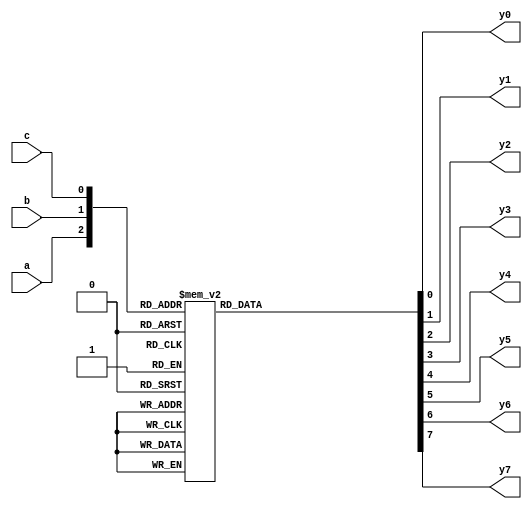
module decoder3to8(a, b, c, y0, y1, y2, y3, y4, y5, y6, y7);
 input a;
 input b;
 input c;
 output y0,y1,y2,y3,y4,y5,y6,y7;
reg y0,y1,y2,y3,y4,y5,y6,y7;
always @(a or b or c)
case({a,b,c})
0: begin
y0=1; y1=0; y2=0; y3=0; y4=0; y5=0; y6=0; y7=0;
end
1: begin
y0=0; y1=1; y2=0; y3=0; y4=0; y5=0; y6=0; y7=0;
end
2: begin
y0=0; y1=0; y2=1; y3=0; y4=0; y5=0; y6=0; y7=0;
end
3: begin
y0=0; y1=0; y2=0; y3=1; y4=0; y5=0; y6=0; y7=0;
end
4: begin
y0=0; y1=0; y2=0; y3=0; y4=1; y5=0; y6=0; y7=0;
end
5: begin
y0=0; y1=0; y2=0; y3=0; y4=0; y5=1; y6=0; y7=0;
end
6: begin
y0=0; y1=0; y2=0; y3=0; y4=0; y5=0; y6=1; y7=0;
end
7: begin
y0=0; y1=0; y2=0; y3=0; y4=0; y5=0; y6=0; y7=1;
end
endcase 
endmodule